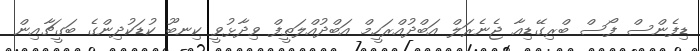
ޑިފެންސް ފޯސް ބްރިގޭޑިއާ ޖެނެރަލް އަބްދުއްރަހީމް އަބްދުއްލަތީފް ވިދާޅުވީ ކިނބޫ ކުޑަކުދިންގެ ބަގީޗާއިން